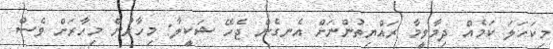
މިކަހަލަ ކަމެއް ދިމާވީމާ ރައްޔިތުންނަށް އެނގެން ޖެހޭ ޝަކީލާ: މިހާރުން މިހާރަށް ވެސް